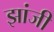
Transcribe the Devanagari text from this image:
झांजी